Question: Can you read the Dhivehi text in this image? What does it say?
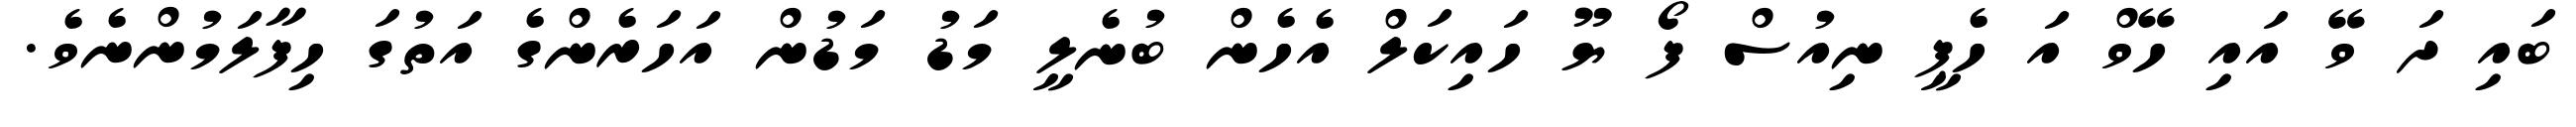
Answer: ބައި ދަ ވޭ އައި ހޭވް އަ ހެޕީ ނިއުސް ފޯ ޔޫ ހައިކަލް އެހެން ބުނެލީ މަޑު މަޑުން އަހަރެންގެ އަތުގަ ހިފާލަމުންނެވެ.